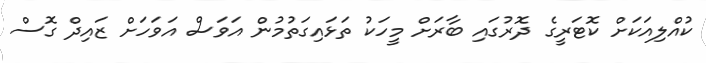
ކުއްލިއަކަށް ކޮޓަރީގެ ދޮރުގައި ބާރަށް މީހަކު ތަޅައިގަތުމުން އަވަސް އަވަހަށް ޒައިދް ގޮސް